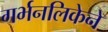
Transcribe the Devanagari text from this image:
गर्भनलिकेने